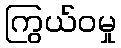
ကြွယ်ဝမှု